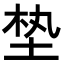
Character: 𪣖